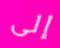
إلى